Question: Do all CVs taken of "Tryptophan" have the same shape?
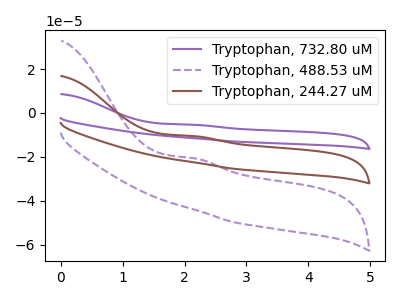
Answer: <think>The purple curve "Tryptophan, 732.80 uM" has an anodic peak at: (2.15V, -21.10uA). The purple dashed curve "Tryptophan, 488.53 uM" has an anodic peak at: (2.15V, -20.65uA). The brown curve "Tryptophan, 244.27 uM" has an anodic peak at: (2.15V, -10.55uA).
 All the peaks in "Tryptophan, 732.80 uM" have a peak in "Tryptophan, 488.53 uM" at the same potential. Every peak in "Tryptophan, 732.80 uM" is lower than every peak in "Tryptophan, 488.53 uM". All the peaks in "Tryptophan, 732.80 uM" have a peak in "Tryptophan, 244.27 uM" at the same potential. Every peak in "Tryptophan, 732.80 uM" is lower than every peak in "Tryptophan, 244.27 uM". All the peaks in "Tryptophan, 488.53 uM" have a peak in "Tryptophan, 244.27 uM" at the same potential. Every peak in "Tryptophan, 488.53 uM" is lower than every peak in "Tryptophan, 244.27 uM".</think>
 <answer>All the CV's of "Tryptophan" have similar shape.</answer>
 <eval>follow_rule</eval>